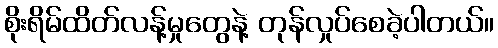
စိုးရိမ်ထိတ်လန့်မှုတွေနဲ့ တုန်လှုပ်စေခဲ့ပါတယ်။